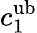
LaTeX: c_{1}^{\mathrm{ub}}